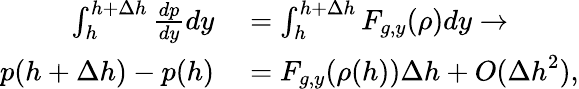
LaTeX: \begin{array}{rl}{\int_{h}^{h+\Delta h}\frac{dp}{dy}dy}&{{}=\int_{h}^{h+\Delta h}F_{g,y}(\rho)dy\rightarrow}\\ {p(h+\Delta h)-p(h)}&{{}=F_{g,y}(\rho(h))\Delta h+O({\Delta h}^{2}),}\end{array}